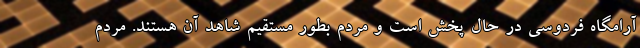
آرامگاه فردوسی در حال پخش است و مردم بطور مستقیم شاهد آن هستند. مردم